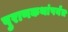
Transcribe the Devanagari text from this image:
पुराणकथांपर्यंत